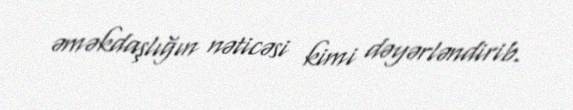
əməkdaşlığın nəticəsi kimi dəyərləndirib.